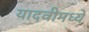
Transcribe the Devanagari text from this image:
यादवीमध्ये